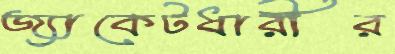
জ্যাকেটধারীর